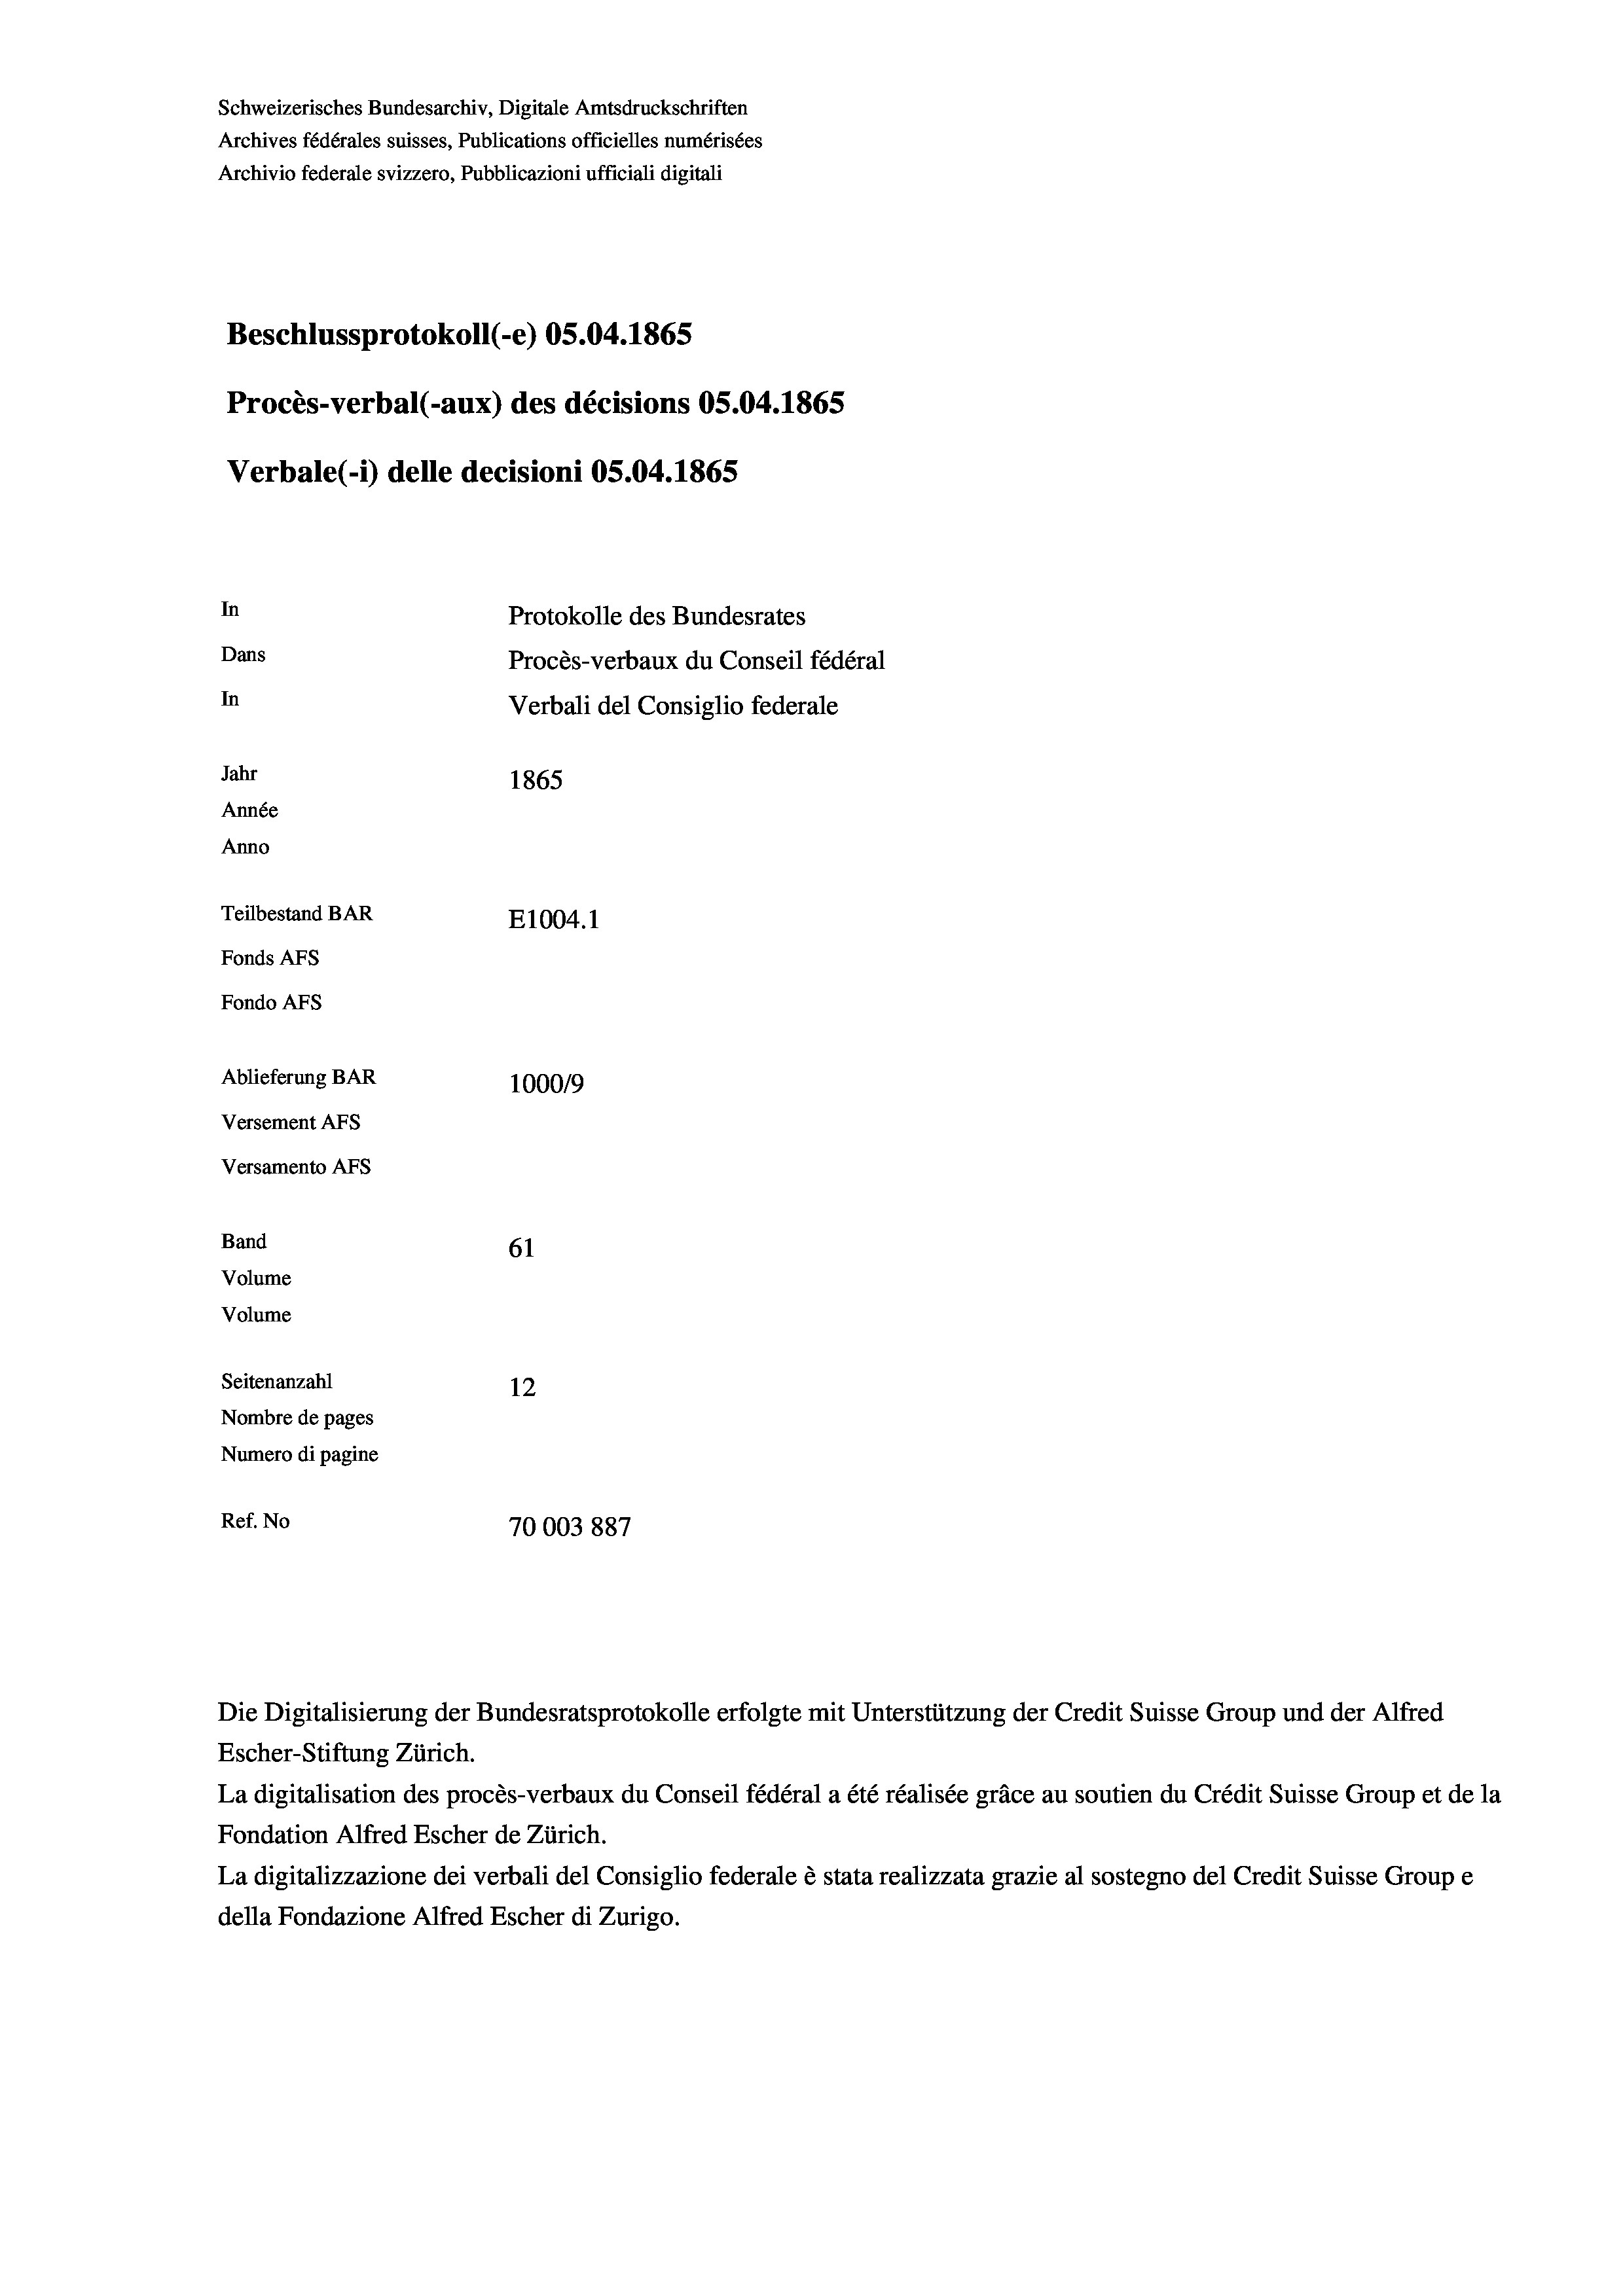
Schweizerisches Bundesarchiv, Digitale Amtsdruckschriften
Archives fédérales suisses, Publications officielles numérisées
Archivio federale svizzero, Pubblicazioni ufficiali digitali
Beschlussprotokoll (-e) 05.04. 1865
Procès-verbal (-aux) des décisions OS.04. 1865
Verbale (i) delle decisioni OS.04. 1865
In
Protokolle des Bundesrates
Dans
Procès-verbaux du Conseil fédéral
In
Verbali del Consiglio federale
Jahr
1865
Année
Anno
Teilbestand BAR
E1004. 1
Fonds AFs
Fondo AFs
Ablieferung BAR
100019
Versement Abs
Versamento Afs
Band
61
Volume
Volume

Seitenanzahl
12
Nombre de pages
Numero di pagine
2x
Ref. No
70003887

Escher-Stiftung Zürich.
La digitalisation des procès-verbaux du Conseil fédéral a été réalisée gräce au soutien du Crédit Suisse Group et de la
Fondation Alfred Escher de Zürich.
La digitalizzazione dei verbali del Consiglio federale è stata realizzata grazie al sostegno del Credit Suisse Groupe
della Fondazione Alfred Escher di Zurigo.

Die Digitalisierung der Bundesratsprotokolle erfolgte mit Unterstützung der Credit Suisse Group und der Alfred